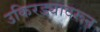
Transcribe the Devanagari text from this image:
उकिरड्यावरून